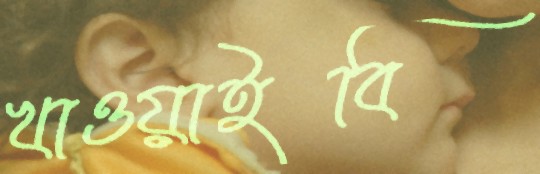
খাওয়াইবি